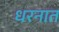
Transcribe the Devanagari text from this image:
धरनात